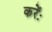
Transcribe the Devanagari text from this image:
करेंः